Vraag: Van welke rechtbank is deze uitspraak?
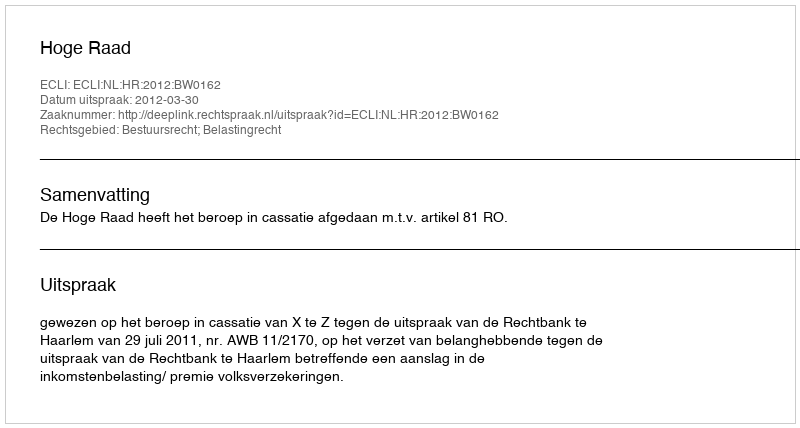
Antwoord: Hoge Raad